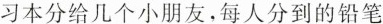
练习本分给几个小朋友，每人分到的铅笔